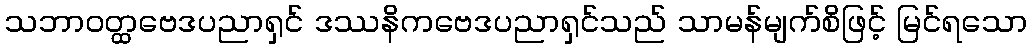
သဘာဝတ္ထဗေဒပညာရှင် ဒဿနိကဗေဒပညာရှင်သည် သာမန်မျက်စိဖြင့် မြင်ရသော